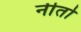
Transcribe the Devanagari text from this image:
नीतो